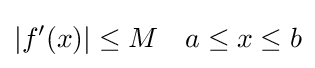
|f'(x)|\leq M\quad a\leq x\leq b